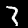
Digit: 3